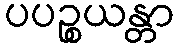
ပပဉ္စယန္တာ